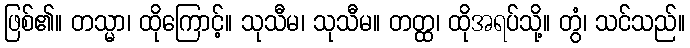
ဖြစ်၏။ တသ္မာ၊ ထိုကြောင့်။ သုသီမ၊ သုသီမ။ တတ္ထ၊ ထိုအရပ်သို့။ တွံ၊ သင်သည်။